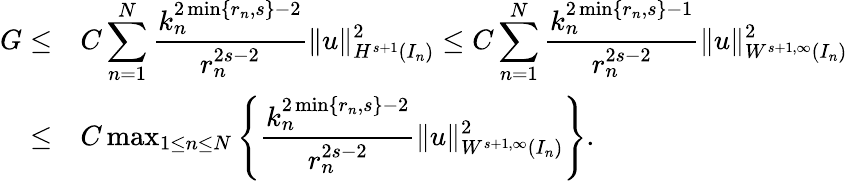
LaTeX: \begin{array}{rl}{G\le}&{\displaystyle C\sum_{n=1}^{N}\displaystyle\frac{k_{n}^{2\operatorname*{min}\{ r_{n},s\} -2}}{r_{n}^{2s-2}}\| u\| _{H^{s+1}(I_{n})}^{2}\le C\displaystyle\sum_{n=1}^{N}\displaystyle\frac{k_{n}^{2\operatorname*{min}\{ r_{n},s\} -1}}{r_{n}^{2s-2}}\| u\| _{W^{s+1,\infty}(I_{n})}^{2}}\\ {\le}&{C\operatorname*{max}_{1\le n\le N}\left\{ \displaystyle\frac{k_{n}^{2\operatorname*{min}\{ r_{n},s\} -2}}{r_{n}^{2s-2}}\| u\| _{W^{s+1,\infty}(I_{n})}^{2}\right\} .}\end{array}